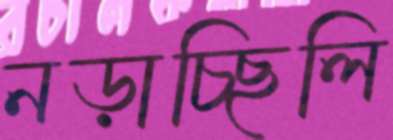
নড়াচ্ছিলি